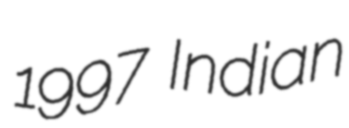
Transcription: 1997 Indian